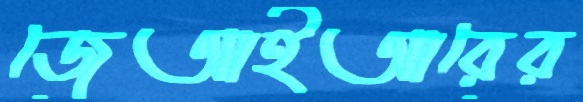
জেআইআরের